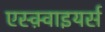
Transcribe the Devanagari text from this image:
एस्क़्वाइयर्स